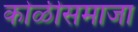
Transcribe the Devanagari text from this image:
कोळीसमाजा